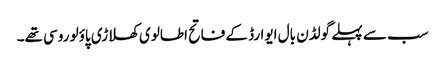
سب سے پہلے گولڈن بال ایوارڈ کے فاتح اطالوی کھلاڑی پاؤلو روسی تھے۔